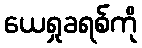
ယေရှုခရစ်ကို